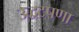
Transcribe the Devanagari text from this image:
उद्धटपणा